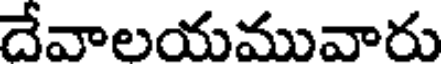
దేవాలయమువారు